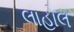
લાહોલ